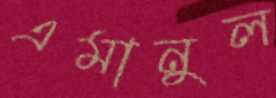
এমানুল